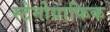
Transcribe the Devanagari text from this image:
स्टेनोग्राफिक